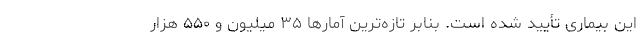
این بیماری تأیید شده است. بنابر تازه‌ترین آمارها ۳۵ میلیون و ۵۵۰ هزار